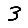
Digit: 3